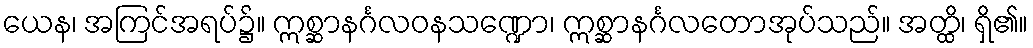
ယေန၊ အကြင်အရပ်၌။ ဣစ္ဆာနင်္ဂလဝနသဏ္ဍော၊ ဣစ္ဆာနင်္ဂလတောအုပ်သည်။ အတ္ထိ၊ ရှိ၏။